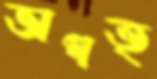
ভাগত্